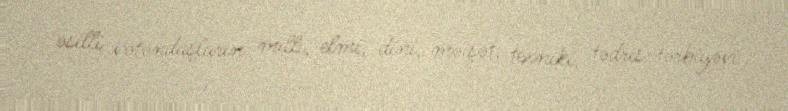
əsilli vətəndaşların milli, elmi, dini, məişət, texniki, tədris-tərbiyəvi